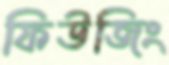
ফিউজিং